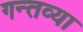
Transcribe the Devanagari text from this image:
गन्तव्या